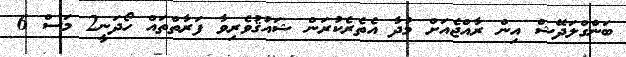
ބަންގްލަދޭޝް އިން ރާއްޖެއަށް މުދާ އެތެރެކުރަން ޝައުޤުވެރިވާ ފަރާތްތައް ހޯދަނީ2 މަސް 6